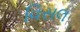
વિસલ